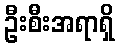
ဦးစီးအရာရှိ